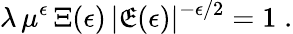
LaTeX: \lambda\, \mu^{\epsilon}\, \Xi(\epsilon)\, |\mathfrak{E}(\epsilon)|^{-\epsilon/2}=1\; .